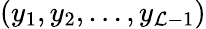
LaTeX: (y_{1},y_{2},\dots,y_{{\cal L}-1})